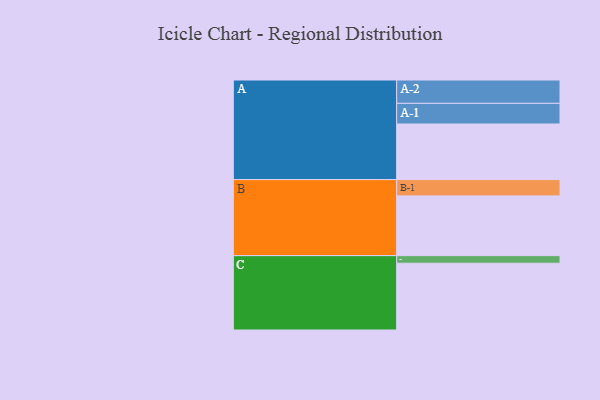
{"axis": {"x": "Segment", "y": "Value"}, "legend": ["", "A", "B", "C"], "data": [{"x": "A", "y": 476, "type": ""}, {"x": "B", "y": 512, "type": ""}, {"x": "C", "y": 572, "type": ""}, {"x": "A-1", "y": 177, "type": "A"}, {"x": "A-2", "y": 200, "type": "A"}, {"x": "B-1", "y": 140, "type": "B"}, {"x": "C-1", "y": 65, "type": "C"}]}